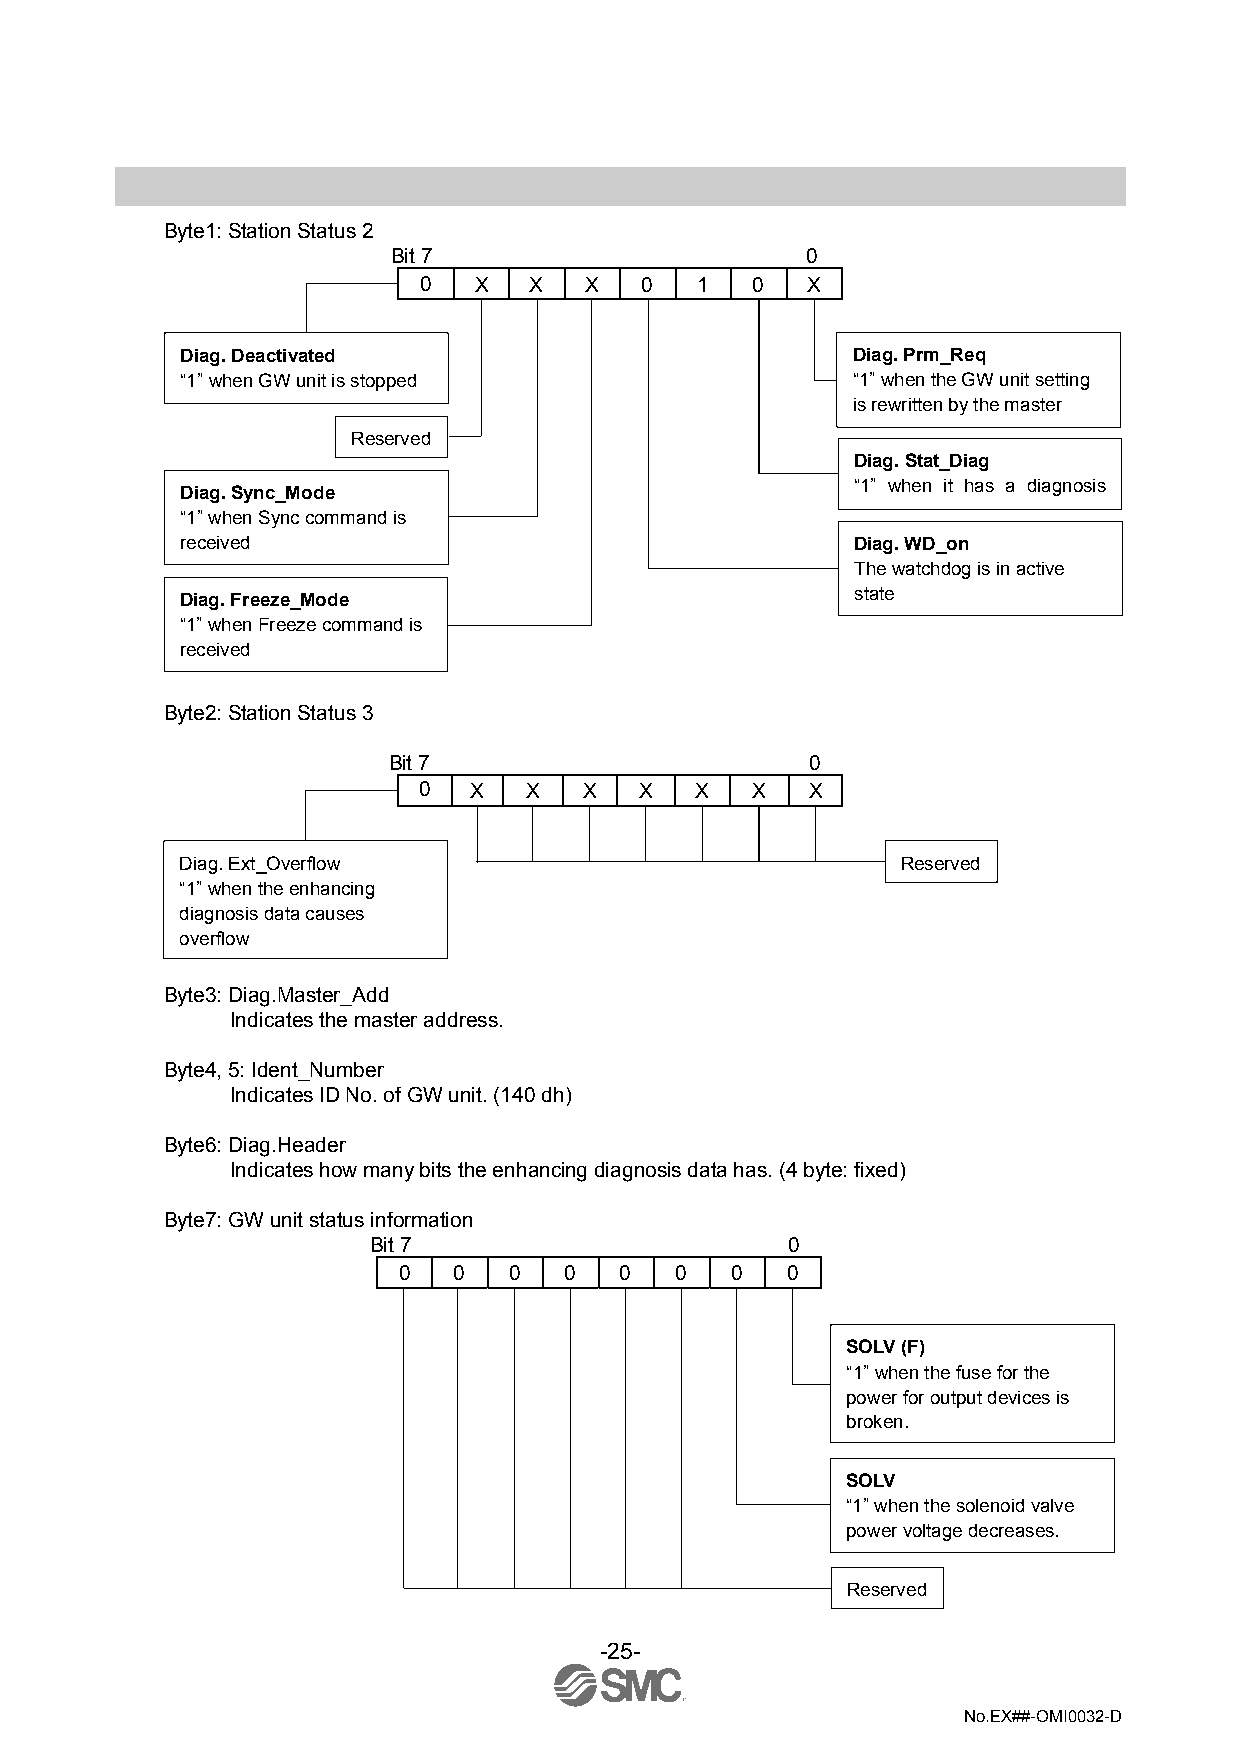
Byte1: Station Status 2
 Bit 7                      0
 0  X   X   X   0  1   0  X
 Diag. Deactivated                           Diag. Prm_Req
 “1” when GW unit is stopped                 “1” when the GW unit setting
 is rewritten by the master
 Reserved
 Diag. Stat_Diag
 Diag. Sync_Mode
 “1” when it has a diagnosis
 “1” when Sync command is
 received                                     Diag. WD_on
 The watchdog is in active
 Diag. Freeze_Mode                            state
 “1” when Freeze command is
 received
 Byte2: Station Status 3
 Bit 7                       0
 0  X   X   X  X   X   X   X
 Diag. Ext_Overflow                              Reserved
 “1” when the enhancing
 diagnosis data causes
 overflow
 Byte3: Diag.Master_Add
 Indicates the master address.
 Byte4, 5: Ident_Number
 Indicates ID No. of GW unit. (140 dh)
 Byte6: Diag.Header
 Indicates how many bits the enhancing diagnosis data has. (4 byte: fixed)
 Byte7: GW unit status information
 Bit 7                      0
 0   0   0  0   0   0  0   0
 SOLV (F)
 “1” when the fuse for the
 power for output devices is
 broken.
 SOLV
 “1” when the solenoid valve
 power voltage decreases.
 Reserved
 -25-
 No.EX##-OMI0032-D